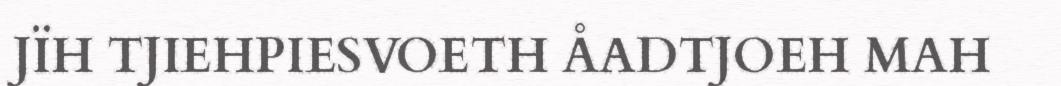
JÏH TJIEHPIESVOETH ÅADTJOEH MAH